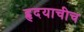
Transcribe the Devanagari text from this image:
हृदयाचीच